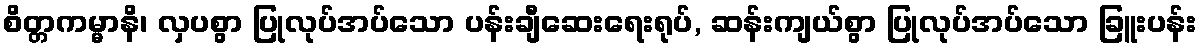
စိတ္တကမ္မာနိ၊ လှပစွာ ပြုလုပ်အပ်သော ပန်းချီဆေးရေးရုပ်, ဆန်းကျယ်စွာ ပြုလုပ်အပ်သော ခြူးပန်း